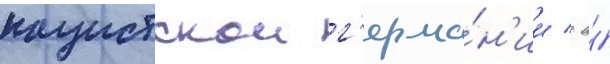
нацистскои г'ерма́н'ии / а́